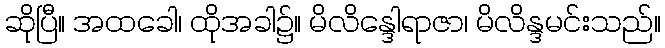
ဆိုပြီ။ အထခေါ၊ ထိုအခါ၌။ မိလိန္ဒေါရာဇာ၊ မိလိန္ဒမင်းသည်။